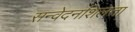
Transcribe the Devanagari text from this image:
सन्वेदनशिलता